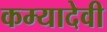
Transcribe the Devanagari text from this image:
कम्यादेवी